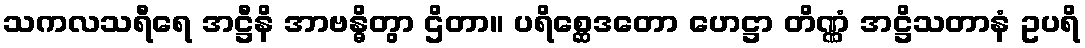
သကလသရီရေ အဋ္ဌီနိ အာဗန္ဓိတွာ ဌိတာ။ ပရိစ္ဆေဒတော ဟေဋ္ဌာ တိဏ္ဏံ အဋ္ဌိသတာနံ ဥပရိ